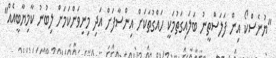
"ޔުނެސްކޯ އިން ފަލަސްތީނު ބަލައިގަތުމަކީ ހައްގުތަކަށް އިންސާފަށް އަދި މިނިވަންކަމަށް ލިބުނު ކާމިޔާބީއެއް"